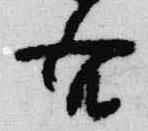
吾